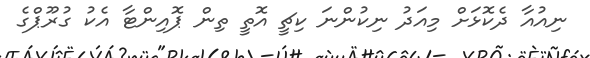
ނިއުއާ ދެކޮޅަށް މިއަދު ނިކުންނަ ކިޗީ އޮތީ ތިން ޕޮއިންޓާ އެކު ގުރޫޕްގެ